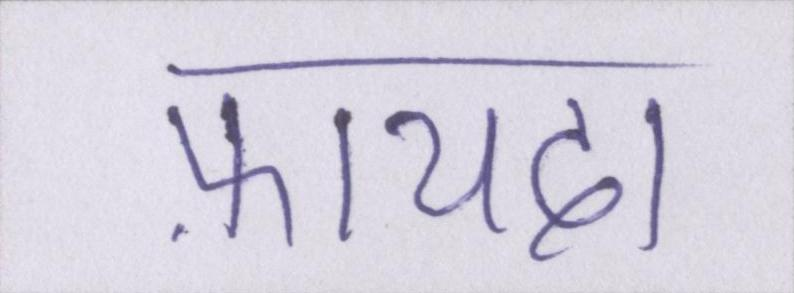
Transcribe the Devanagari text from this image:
फ़ायदा